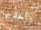
تأخذيها